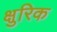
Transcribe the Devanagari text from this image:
क्षुरिक